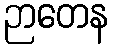
ဉာတေန